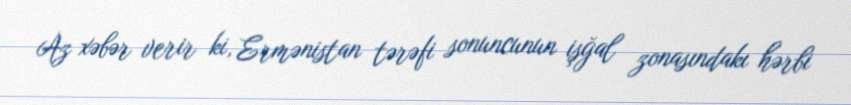
Az xəbər verir ki, Ermənistan tərəfi sonuncunun işğal zonasındakı hərbi